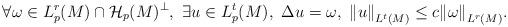
LaTeX: \begin{align*} \forall \omega \in L^{r}_{p}(M)\cap {\mathcal{H}}_{p}(M)^{\perp },\ \exists u\in L^{t}_{p}(M),\ \Delta u=\omega ,\ {\left\Vert{u}\right\Vert}_{L^{t}(M)}\leq c{\left\Vert{\omega }\right\Vert}_{L^{r}(M)}.\end{align*}